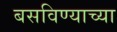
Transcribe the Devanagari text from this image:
बसविण्याच्या